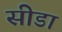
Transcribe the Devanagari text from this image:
सीडा